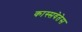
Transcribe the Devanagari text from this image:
कास्सवेतेस